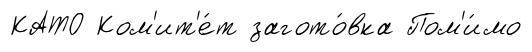
КАТО Ком'ит'е́т загото́вка Пом'и́мо